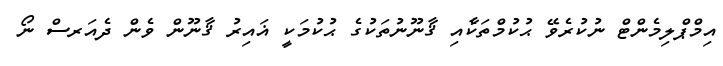
އިމްޕްލިމެންޓް ނުކުރެވޭ ޙުކުމްތަކާެއި ޤާނޫނުތަކުގެ ޙުކުމަކީ ޣައިރު ޤާނޫން ވެން ދެއަރސް ނޯ